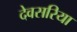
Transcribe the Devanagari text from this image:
देवसरिया